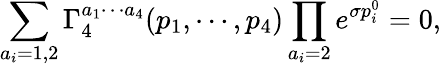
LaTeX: \sum_{a_{i}=1,2}\Gamma_{4}^{a_{1}\cdots a_{4}}(p_{1},\cdots,p_{4})\prod_{a_{i}=2}e^{\sigma p_{i}^{0}}=0,